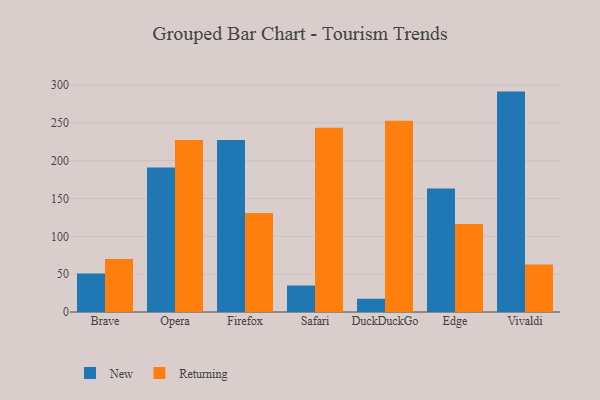
{"axis": {"x": "Browser", "y": "Headcount"}, "legend": ["New", "Returning"], "data": [{"x": "Brave", "y": 50.9, "type": "New"}, {"x": "Brave", "y": 69.9, "type": "Returning"}, {"x": "Opera", "y": 190.9, "type": "New"}, {"x": "Opera", "y": 227.2, "type": "Returning"}, {"x": "Firefox", "y": 227.3, "type": "New"}, {"x": "Firefox", "y": 130.9, "type": "Returning"}, {"x": "Safari", "y": 35.0, "type": "New"}, {"x": "Safari", "y": 243.6, "type": "Returning"}, {"x": "DuckDuckGo", "y": 17.5, "type": "New"}, {"x": "DuckDuckGo", "y": 252.7, "type": "Returning"}, {"x": "Edge", "y": 163.2, "type": "New"}, {"x": "Edge", "y": 116.3, "type": "Returning"}, {"x": "Vivaldi", "y": 291.3, "type": "New"}, {"x": "Vivaldi", "y": 62.9, "type": "Returning"}]}